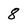
Character: 8